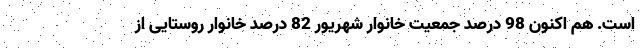
است. هم اکنون 98 درصد جمعیت خانوار شهریور 82 درصد خانوار روستایی از